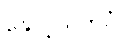
နှောင့်ယှက်ပုံ။